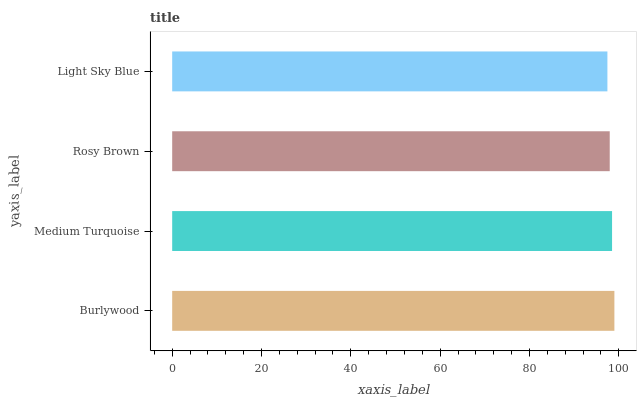
| yaxis_label | bars |
 | --- | --- |
 | Burlywood | 99 |
 | Medium Turquoise | 98.5 |
 | Rosy Brown | 98 |
 | Light Sky Blue | 97.4 |